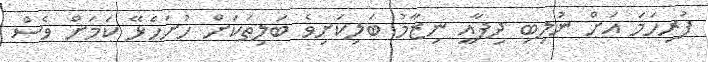
ފުރިހަމަ އަށް ނުލިބި ދިފާއީ ނިޒާމު ބަލިކަށިވެ ބަލިތަކަށް ހުށަހެޅޭ ކަމަށް ވެސް